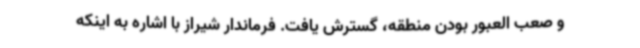
و صعب العبور بودن منطقه، گسترش یافت. فرماندار شیراز با اشاره به اینکه